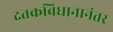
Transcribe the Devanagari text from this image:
दत्तकविधानानंतर